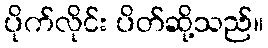
ပိုက်လိုင်း ပိတ်ဆို့သည်။